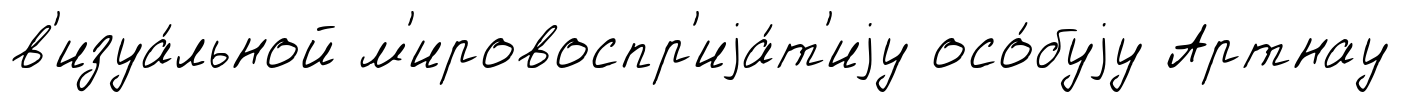
в'изуа́льной м'ировоспр'иjа́т'иjу осо́буjу Артнау